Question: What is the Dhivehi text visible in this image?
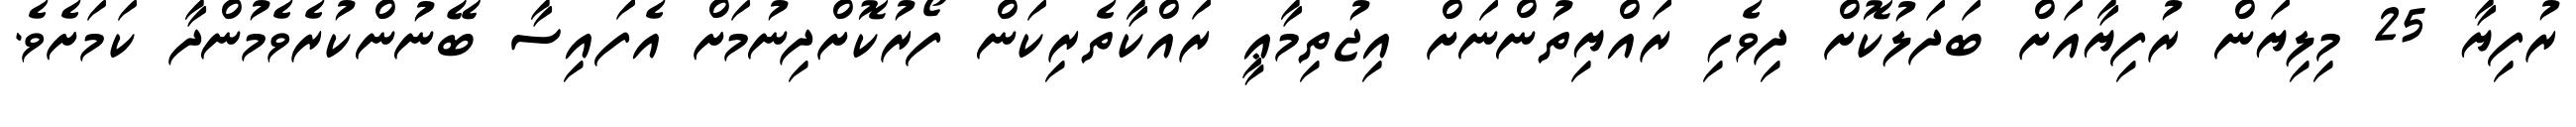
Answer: ރުފިޔާ 25 މިލިޔަން ރުފިޔާއަށް ބަދަލުކޮށް ދިވެހި ރައްޔިތުންނަށް އިޖުތިމާޢީ ރައްކާތެރިކަން ފޯރުކޮށްދިނުމަށް އެފައިސާ ބޭނުންކުރެވެމުންދާ ކަމަށެވެ.